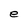
Character: e